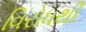
વિરોધથી